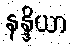
နန္ဒိယာ